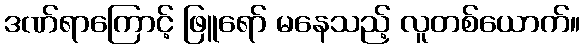
ဒဏ်ရာကြောင့် ဖြူရော် မနေသည့် လူတစ်ယောက်။